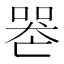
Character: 𠸶